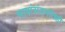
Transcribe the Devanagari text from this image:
भाषांसंदर्भातही